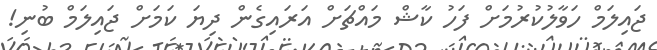
ޖައިލަމް ހަވާލުކުރުމަށް ފަހު ކާޝް މައްޗަށް އަރައިގެން ދިޔަ ކަމަށް ޖައިލަމް ބުނި!